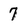
Character: 7